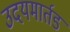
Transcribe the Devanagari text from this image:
उदयमार्तड